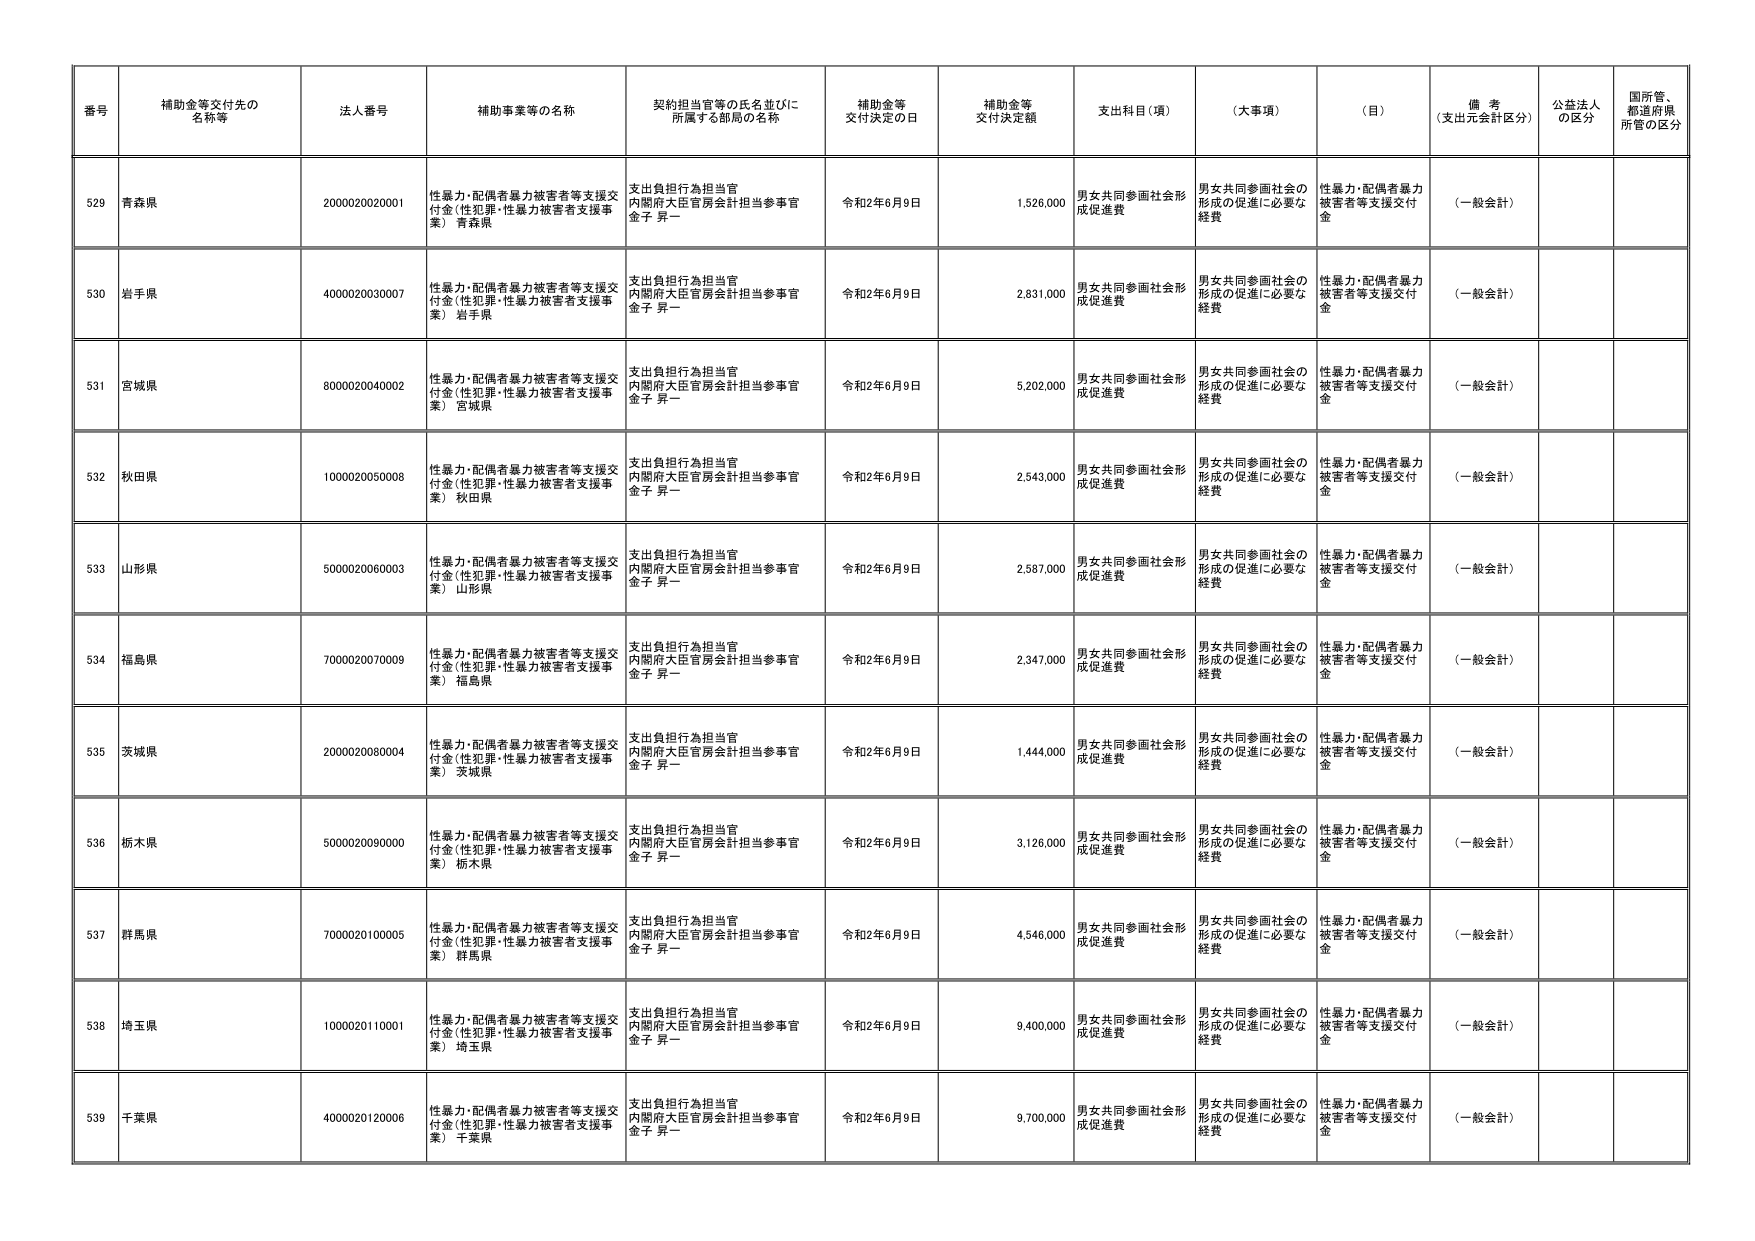
番号 補助金等交付先の名称等 法人番号 補助事業等の名称 契約担当官等の氏名並びに所属する部局の名称 補助金等交付決定の日 補助金等交付決定額 支出科目（項） （大事項） （目） 備考（支出元会計区分） 公益法人の区分 国所管、都道府県所管の区分
529 青森県 2000020020001 性暴力・配偶者暴力被害者等支援交付金（性犯罪・性暴力被害者支援事業） 青森県 支出負担行為担当官 内閣府大臣官房会計担当参事官 金子 昇一 令和2年6月9日 1,526,000 男女共同参画社会形成促進費 男女共同参画社会の形成の促進に必要な経費 性暴力・配偶者暴力被害者等支援交付金 （一般会計）
530 岩手県 4000020030007 性暴力・配偶者暴力被害者等支援交付金（性犯罪・性暴力被害者支援事業） 岩手県 支出負担行為担当官 内閣府大臣官房会計担当参事官 金子 昇一 令和2年6月9日 2,831,000 男女共同参画社会形成促進費 男女共同参画社会の形成の促進に必要な経費 性暴力・配偶者暴力被害者等支援交付金 （一般会計）
531 宮城県 8000020040002 性暴力・配偶者暴力被害者等支援交付金（性犯罪・性暴力被害者支援事業） 宮城県 支出負担行為担当官 内閣府大臣官房会計担当参事官 金子 昇一 令和2年6月9日 5,202,000 男女共同参画社会形成促進費 男女共同参画社会の形成の促進に必要な経費 性暴力・配偶者暴力被害者等支援交付金 （一般会計）
532 秋田県 1000020050008 性暴力・配偶者暴力被害者等支援交付金（性犯罪・性暴力被害者支援事業） 秋田県 支出負担行為担当官 内閣府大臣官房会計担当参事官 金子 昇一 令和2年6月9日 2,543,000 男女共同参画社会形成促進費 男女共同参画社会の形成の促進に必要な経費 性暴力・配偶者暴力被害者等支援交付金 （一般会計）
533 山形県 5000020060003 性暴力・配偶者暴力被害者等支援交付金（性犯罪・性暴力被害者支援事業） 山形県 支出負担行為担当官 内閣府大臣官房会計担当参事官 金子 昇一 令和2年6月9日 2,587,000 男女共同参画社会形成促進費 男女共同参画社会の形成の促進に必要な経費 性暴力・配偶者暴力被害者等支援交付金 （一般会計）
534 福島県 7000020070009 性暴力・配偶者暴力被害者等支援交付金（性犯罪・性暴力被害者支援事業） 福島県 支出負担行為担当官 内閣府大臣官房会計担当参事官 金子 昇一 令和2年6月9日 2,347,000 男女共同参画社会形成促進費 男女共同参画社会の形成の促進に必要な経費 性暴力・配偶者暴力被害者等支援交付金 （一般会計）
535 茨城県 2000020080004 性暴力・配偶者暴力被害者等支援交付金（性犯罪・性暴力被害者支援事業） 茨城県 支出負担行為担当官 内閣府大臣官房会計担当参事官 金子 昇一 令和2年6月9日 1,444,000 男女共同参画社会形成促進費 男女共同参画社会の形成の促進に必要な経費 性暴力・配偶者暴力被害者等支援交付金 （一般会計）
536 栃木県 5000020090000 性暴力・配偶者暴力被害者等支援交付金（性犯罪・性暴力被害者支援事業） 栃木県 支出負担行為担当官 内閣府大臣官房会計担当参事官 金子 昇一 令和2年6月9日 3,126,000 男女共同参画社会形成促進費 男女共同参画社会の形成の促進に必要な経費 性暴力・配偶者暴力被害者等支援交付金 （一般会計）
537 群馬県 7000020100005 性暴力・配偶者暴力被害者等支援交付金（性犯罪・性暴力被害者支援事業） 群馬県 支出負担行為担当官 内閣府大臣官房会計担当参事官 金子 昇一 令和2年6月9日 4,546,000 男女共同参画社会形成促進費 男女共同参画社会の形成の促進に必要な経費 性暴力・配偶者暴力被害者等支援交付金 （一般会計）
538 埼玉県 1000020110001 性暴力・配偶者暴力被害者等支援交付金（性犯罪・性暴力被害者支援事業） 埼玉県 支出負担行為担当官 内閣府大臣官房会計担当参事官 金子 昇一 令和2年6月9日 9,400,000 男女共同参画社会形成促進費 男女共同参画社会の形成の促進に必要な経費 性暴力・配偶者暴力被害者等支援交付金 （一般会計）
539 千葉県 4000020120006 性暴力・配偶者暴力被害者等支援交付金（性犯罪・性暴力被害者支援事業） 千葉県 支出負担行為担当官 内閣府大臣官房会計担当参事官 金子 昇一 令和2年6月9日 9,700,000 男女共同参画社会形成促進費 男女共同参画社会の形成の促進に必要な経費 性暴力・配偶者暴力被害者等支援交付金 （一般会計）